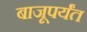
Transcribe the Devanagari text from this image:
बाजूपर्यंत